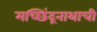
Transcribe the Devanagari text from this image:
मच्छिंद्रनाथाची